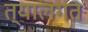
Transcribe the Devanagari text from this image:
त्यालगत